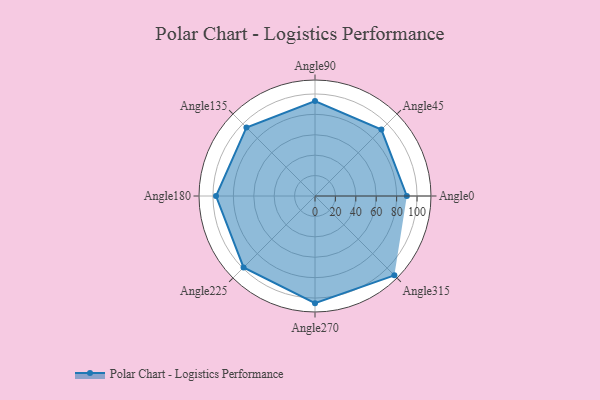
{"axis": {"x": "Angle", "y": "Radius"}, "legend": [""], "data": [{"x": "Angle0", "y": 90.0, "type": ""}, {"x": "Angle45", "y": 92.0, "type": ""}, {"x": "Angle90", "y": 93.0, "type": ""}, {"x": "Angle135", "y": 95.0, "type": ""}, {"x": "Angle180", "y": 97.0, "type": ""}, {"x": "Angle225", "y": 99.0, "type": ""}, {"x": "Angle270", "y": 105.0, "type": ""}, {"x": "Angle315", "y": 110.0, "type": ""}]}